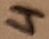
Text: 4